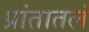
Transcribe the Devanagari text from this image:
प्रांतातलं